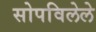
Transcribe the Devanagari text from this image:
सोपविलेले